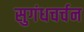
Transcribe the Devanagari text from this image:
सुगंधचर्चन